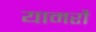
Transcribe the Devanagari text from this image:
यामरौ